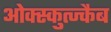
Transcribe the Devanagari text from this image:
ओक्स्कुत्ज्कैब